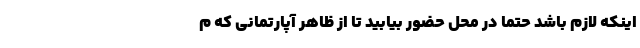
اینکه لازم باشد حتما در محل حضور بیابید تا از ظاهر آپارتمانی که م